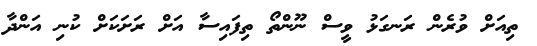
ތިއަށް ވުރެން ރަނގަޅު ވީސް ނޫންތޯ ތިފައިސާ އަށް ރަށަކަށް ކުނި އަންދާ